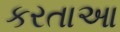
કરતાઆ